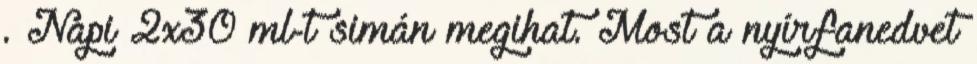
. Napi 2x30 ml-t simán megihat. Most a nyírfanedvet